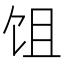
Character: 𬲭